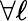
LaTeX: \forall\ell